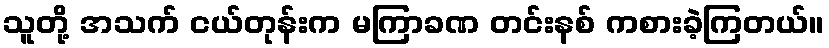
သူတို့ အသက် ငယ်တုန်းက မကြာခဏ တင်းနစ် ကစားခဲ့ကြတယ်။